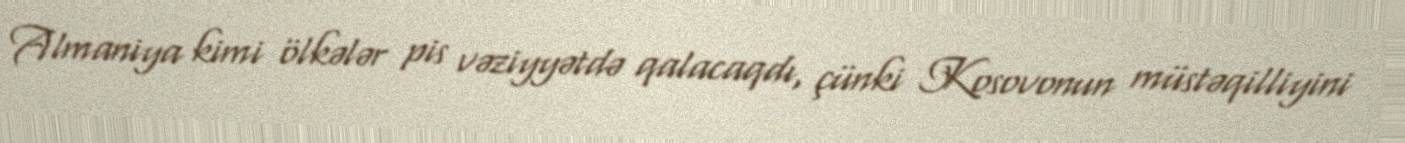
Almaniya kimi ölkələr pis vəziyyətdə qalacaqdı, çünki Kosovonun müstəqilliyini